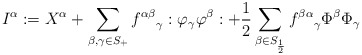
\begin{align*}I^\alpha := X^\alpha + \sum_{\beta, \gamma \in S_+} {f^{\alpha \beta }}_\gamma :\varphi_\gamma\varphi^\beta: + \frac{1}{2} \sum_{\beta \in S_{\frac{1}{2}}} {f^{\beta\alpha}}_\gamma \Phi^\beta\Phi_\gamma\end{align*}